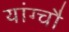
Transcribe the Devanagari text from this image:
यांग्चौ